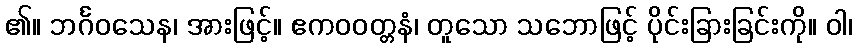
၏။ ဘင်္ဂဝသေန၊ အားဖြင့်။ ဧကဝဝတ္တနံ၊ တူသော သဘောဖြင့် ပိုင်းခြားခြင်းကို။ ဝါ၊